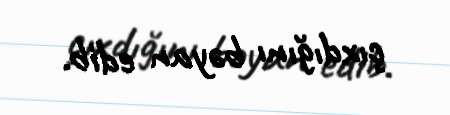
çıxdığını bəyan edib.